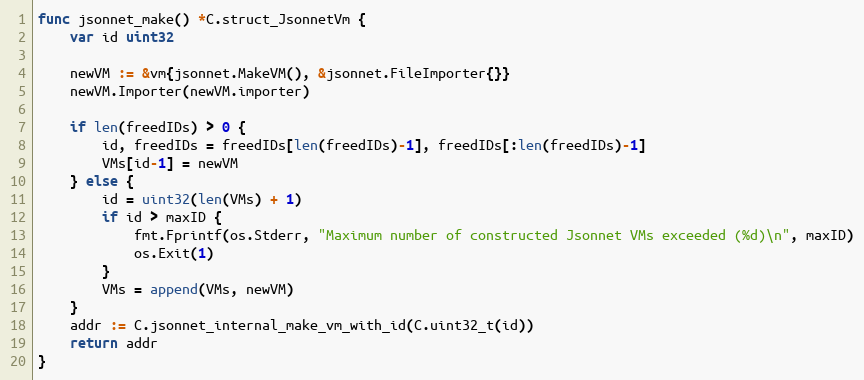
Language: Go
func jsonnet_make() *C.struct_JsonnetVm {
	var id uint32

	newVM := &vm{jsonnet.MakeVM(), &jsonnet.FileImporter{}}
	newVM.Importer(newVM.importer)

	if len(freedIDs) > 0 {
		id, freedIDs = freedIDs[len(freedIDs)-1], freedIDs[:len(freedIDs)-1]
		VMs[id-1] = newVM
	} else {
		id = uint32(len(VMs) + 1)
		if id > maxID {
			fmt.Fprintf(os.Stderr, "Maximum number of constructed Jsonnet VMs exceeded (%d)\n", maxID)
			os.Exit(1)
		}
		VMs = append(VMs, newVM)
	}
	addr := C.jsonnet_internal_make_vm_with_id(C.uint32_t(id))
	return addr
}